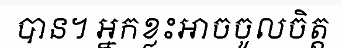
បាន។ អ្នកខ្លះអាចចូលចិត្ត